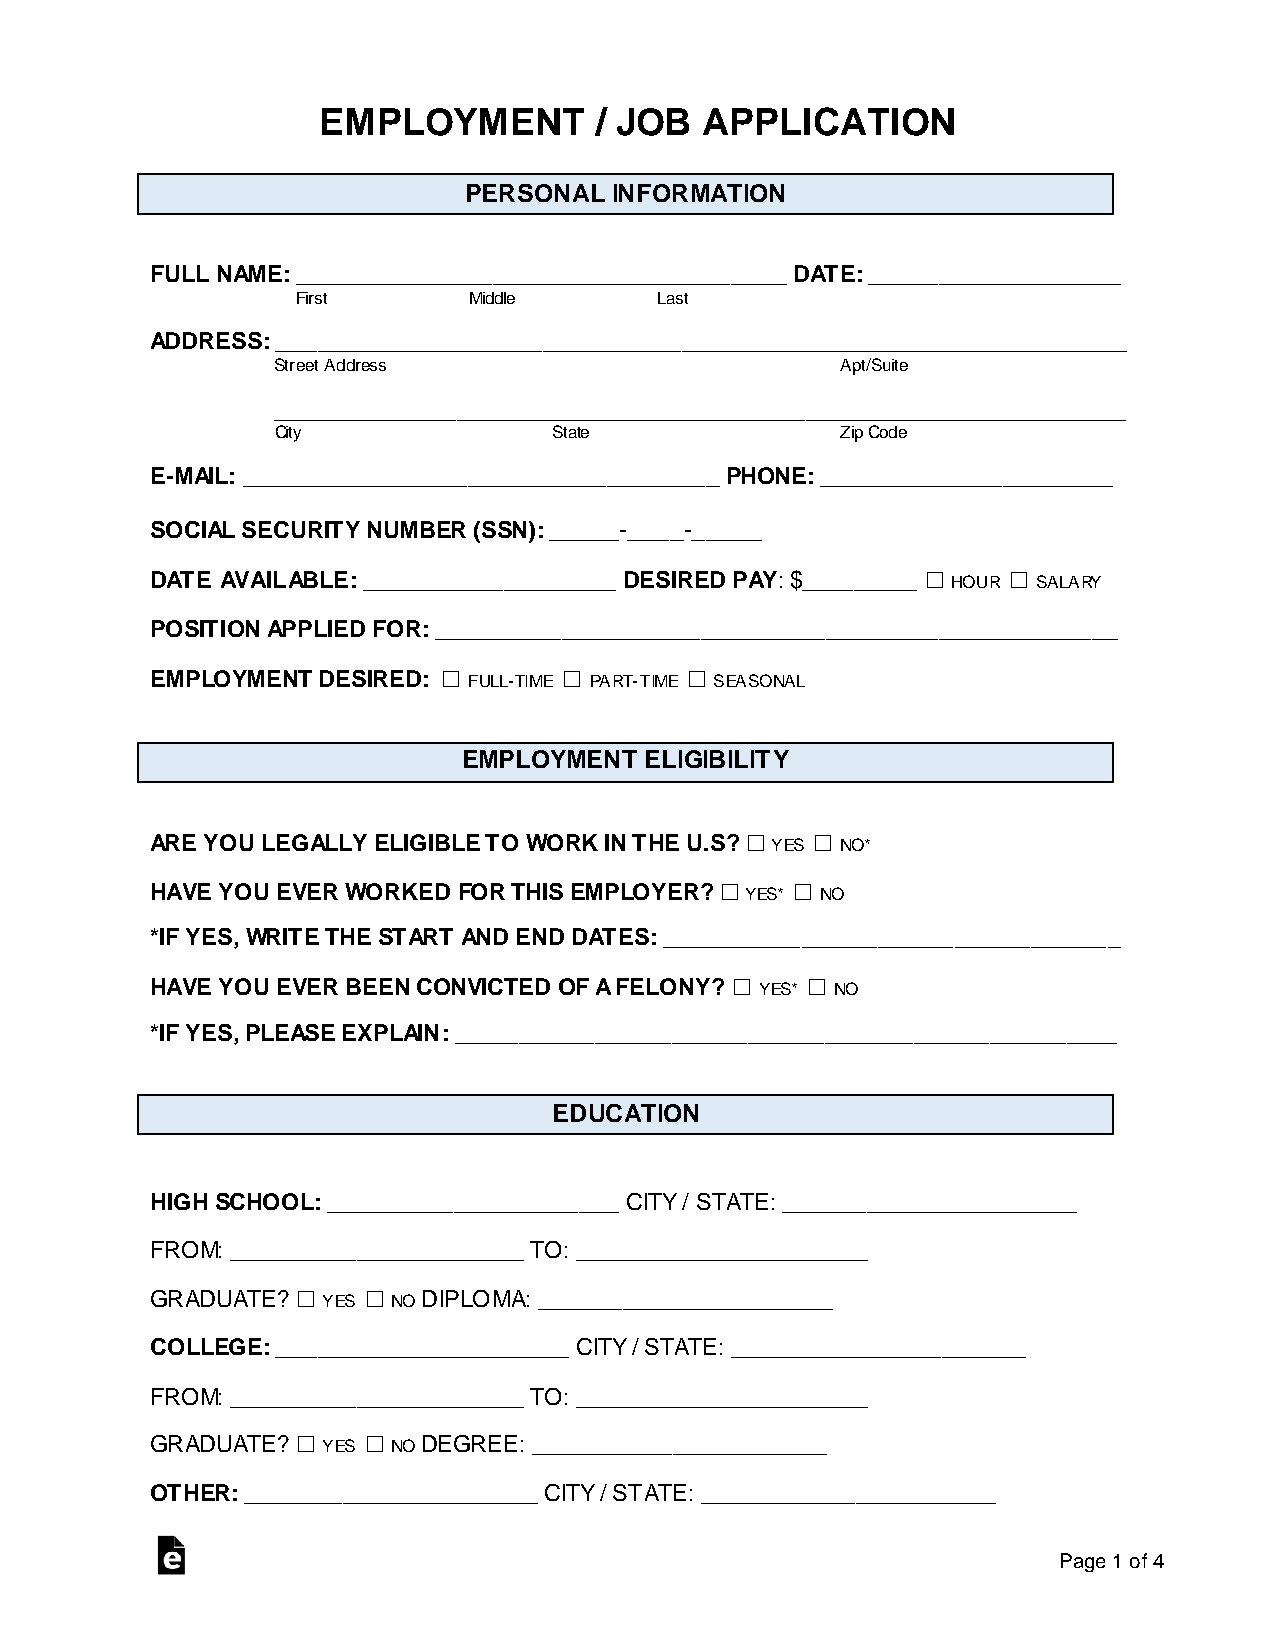
EMPLOYMENT        / JOB  APPLICATION
 PERSONAL INFORMATION
 FULL NAME: ___________________________________ DATE: __________________
 First      Middle      Last
 ADDRESS: _____________________________________________________________
 Street Address                        Apt/Suite
 _____________________________________________________________
 City               State              Zip Code
 E-MAIL: __________________________________ PHONE: _____________________
 SOCIAL SECURITY NUMBER (SSN): _____-____-_____
 DATE AVAILABLE: __________________ DESIRED PAY: $_________ ☐ HOUR ☐ SALARY
 POSITION APPLIED FOR: _________________________________________________
 EMPLOYMENT DESIRED: ☐ FULL-TIME ☐ PART-TIME ☐ SEASONAL
 EMPLOYMENT  ELIGIBILITY
 ARE YOU LEGALLY ELIGIBLE TO WORK IN THE U.S? ☐ YES ☐ NO*
 HAVE YOU EVER WORKED FOR THIS EMPLOYER? ☐ YES* ☐ NO
 *IF YES, WRITE THE START AND END DATES: ____________________________________
 HAVE YOU EVER BEEN CONVICTED OF A FELONY? ☐ YES* ☐ NO
 *IF YES, PLEASE EXPLAIN: ____________________________________________________
 EDUCATION
 HIGH SCHOOL: _____________________ CITY / STATE: _____________________
 FROM: _____________________ TO: _____________________
 GRADUATE? ☐ YES ☐ NO DIPLOMA: _____________________
 COLLEGE: _____________________ CITY / STATE: _____________________
 FROM: _____________________ TO: _____________________
 GRADUATE? ☐ YES ☐ NO DEGREE: _____________________
 OTHER: _____________________ CITY / STATE: _____________________
 Page 1 of 4